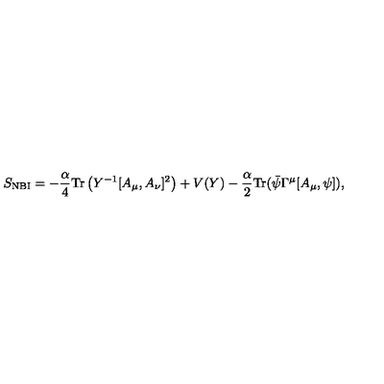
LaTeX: S _ { \mathrm { N B I } } = - \frac { \alpha } { 4 } \mathrm { T r } \left( Y ^ { - 1 } [ A _ { \mu } , A _ { \nu } ] ^ { 2 } \right) + V ( Y ) - \frac { \alpha } { 2 } \mathrm { T r } ( \bar { \psi } \Gamma ^ { \mu } [ A _ { \mu } , \psi ] ) ,